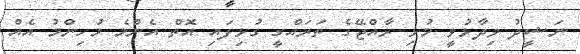
ނަޝީދު ވިދާޅުވީ މުޅި ރާއްޖޭގެ ތަރައްގީ ގުޅިފައި އޮތް އެންމެ މުހިންމު އެއް